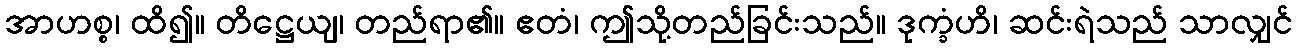
အာဟစ္စ၊ ထိ၍။ တိဋ္ဌေယျ၊ တည်ရာ၏။ ဧတံ၊ ဤသို့တည်ခြင်းသည်။ ဒုက္ခံဟိ၊ ဆင်းရဲသည် သာလျှင်